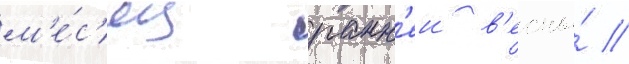
м'е́с'яц ранн'еи в'есны́ //